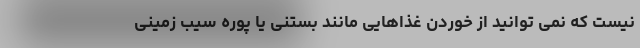
نیست که نمی توانید از خوردن غذاهایی مانند بستنی یا پوره سیب زمینی